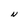
Character: N